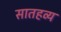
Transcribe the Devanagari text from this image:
सातहव्य